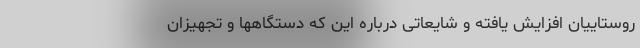
روستاییان افزایش یافته و شایعاتی درباره این که دستگاهها و تجهیزان